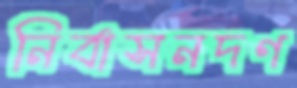
নির্বাসনদণ